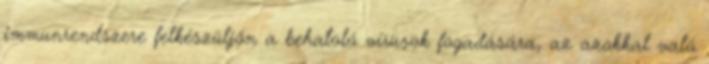
immunrendszere felkészüljön a behatoló vírusok fogadására, az azokkal való